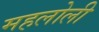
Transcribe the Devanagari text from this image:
महलोली